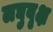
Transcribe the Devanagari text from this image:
लघुवृक्ष